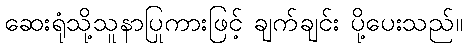
ဆေးရုံသို့သူနာပြုကားဖြင့် ချက်ချင်း ပို့ပေးသည်။